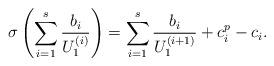
LaTeX: \begin{align*}\sigma\left(\sum_{i=1}^{{s}} \frac{b_i}{U_1^{(i)}}\right)=\sum_{i=1}^{{s}} \frac{b_i}{U_1^{(i+1)}}+ c_i^p-c_i.\end{align*}